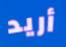
أريد